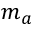
m _ { a }